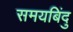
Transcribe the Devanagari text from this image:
समयबिंदु